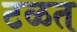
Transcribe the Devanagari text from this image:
टळत